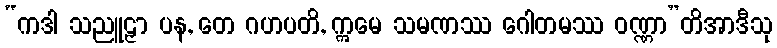
“ကဒါ သညူဠှာ ပန, တေ ဂဟပတိ, ဣမေ သမဏဿ ဂေါတမဿ ဝဏ္ဏာ”တိအာဒီသု